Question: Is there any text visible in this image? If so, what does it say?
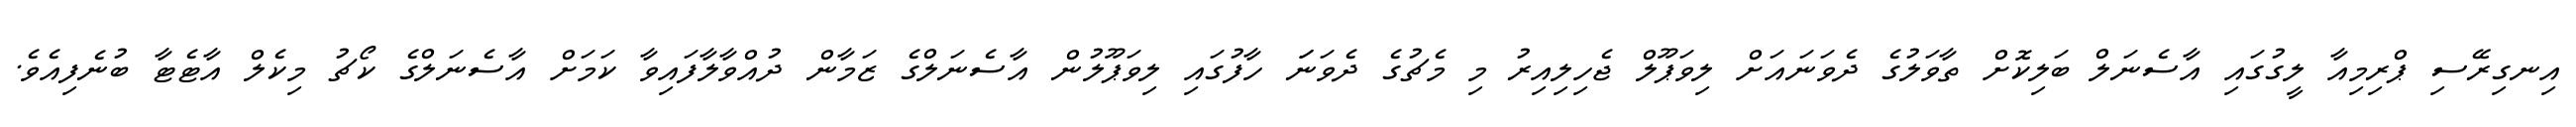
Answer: އިނގިރޭސި ޕްރިމިއާ ލީގުގައި އާސެނަލް ބަލިކޮށް ތާވަލުގެ ދެވަނައަށް ލިވަޕޫލް ޖެހިލިއިރު މި މެޗުގެ ދެވަނަަ ހާފުގައި ލިވަޕޫލުން އާސެނަލްގެ ޒަމާން ދުއްވާލާފައިވާ ކަމަށް އާސެނަލްގެ ކޯޗު މިކެލް އާޓެޓާ ބުނެފިއެވެ.